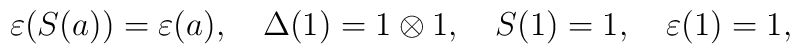
\varepsilon(S(a))=\varepsilon(a),~~~\Delta(1)=1\otimes 1,~~~S(1)=1,~~~\varepsilon(1)=1,